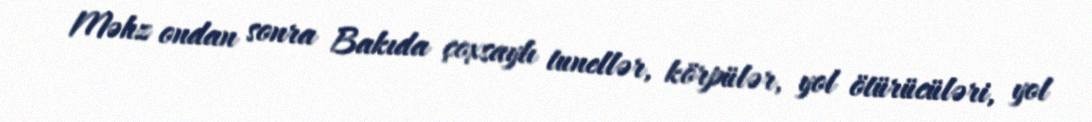
Məhz ondan sonra Bakıda çoxsaylı tunellər, körpülər, yol ötürücüləri, yol